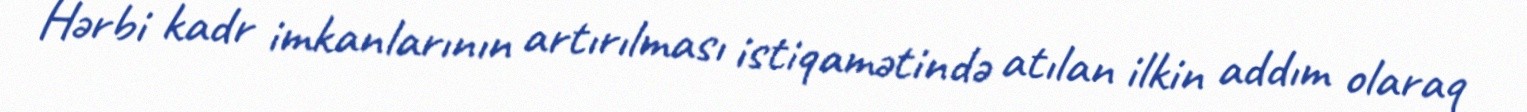
Hərbi kadr imkanlarının artırılması istiqamətində atılan ilkin addım olaraq